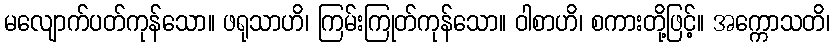
မလျောက်ပတ်ကုန်သော။ ဖရုသာဟိ၊ ကြမ်းကြုတ်ကုန်သော။ ဝါစာဟိ၊ စကားတို့ဖြင့်။ အက္ကောသတိ၊